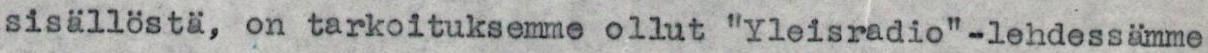
sisällöstä, on tarkoituksemme ollut "Yleisradio"-lehdessämme